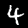
Digit: 4